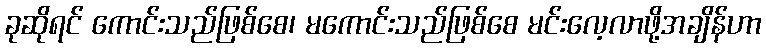
ခုဆိုရင် ကောင်းသည်ဖြစ်စေ၊ မကောင်းသည်ဖြစ်စေ မင်းလေ့လာဖို့အချိန်ဟာ